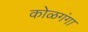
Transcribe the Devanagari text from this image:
कोळगंगा